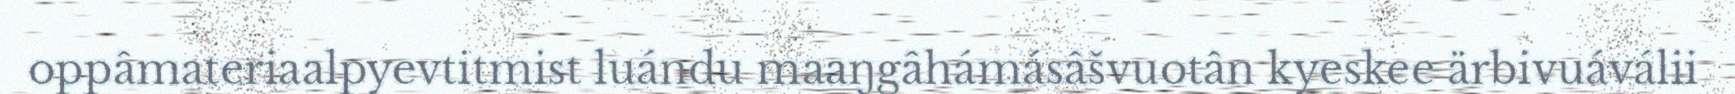
oppâmateriaalpyevtitmist luándu maaŋgâhámásâšvuotân kyeskee ärbivuáválii